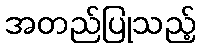
အတည်ပြုသည့်